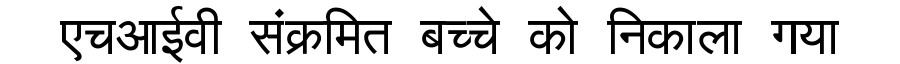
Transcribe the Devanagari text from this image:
एचआईवी संक्रमित बच्चे को निकाला गया